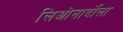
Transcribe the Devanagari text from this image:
लिओनार्दोला